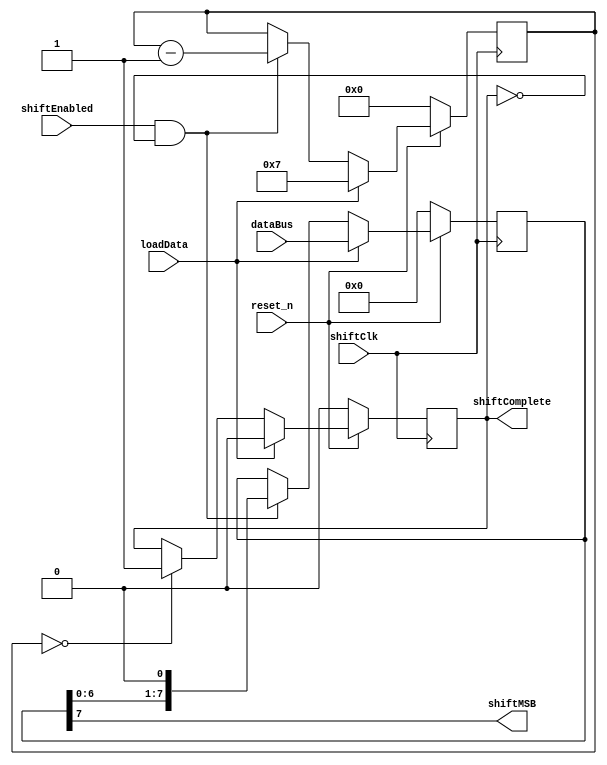
module myshiftreg(reset_n, loadData, shiftEnabled, dataBus, shiftClk, shiftComplete, shiftMSB);
	
	parameter bitLength = 8; // Default width
	input reset_n; // Active low reset.
	input loadData; // Active high data load.
	input shiftEnabled;
	input [bitLength - 1:0] dataBus; // Input data bus,
	input shiftClk; // Input clock.
	
	output reg shiftComplete; // Shift complete flag
	output shiftMSB; // LSB output
	
	reg [bitLength - 1:0] shiftValue;
	integer shiftCounter;
	
	
	// Set the LSB to be output.
	assign shiftMSB = shiftValue[7];
	
	
	// Set an always block to utilise the main system clock.
	always @(posedge(shiftClk))
	begin
		// Create the reset logic
		if(reset_n == 1'b0)
			begin
				shiftValue <= 8'b00000000;
				shiftCounter <= 0;
				shiftComplete <= 1'b0;
			end
		else if(loadData == 1'b1)
			begin
				shiftValue <= dataBus;
				shiftCounter <= (bitLength - 1'b1);
				shiftComplete <= 1'b0;
			end
		else if ((shiftEnabled == 1'b1) && (shiftComplete == 1'b0))
			begin
				shiftValue <= shiftValue << 1'b1;
				shiftCounter <= shiftCounter - 1'b1;
				// Check to see whether the count is complete
				if(shiftCounter == 1'b0)
				shiftComplete <= 1'b1;
			end
		else
			begin
				// Latched condition
				shiftValue <= shiftValue;
				// Check to see whether the count is complete
				if(shiftCounter == 1'b0)
				shiftComplete <= 1'b1;
			end
	end
endmodule